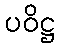
ပဝိဋ္ဌ